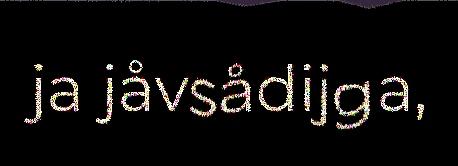
ja jåvsådijga,